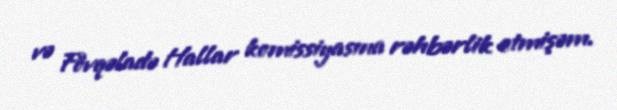
və Fövqəladə Hallar komissiyasına rəhbərlik etmişəm.